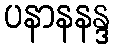
ပနာနနန္ဒ